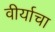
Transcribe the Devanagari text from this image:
वीर्याचा